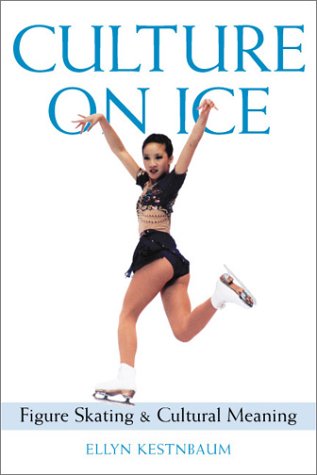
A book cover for Culture on Ice: Figure Skating & Cultural Meaning; Ellyn Kestnbaum; Sports & Outdoors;